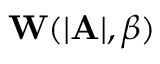
\mathbf { W } ( | \mathbf { A } | , \beta )